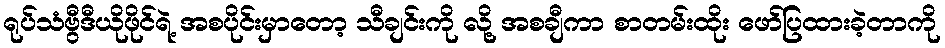
ရုပ်သံဗွီဒီယိုဖိုင်ရဲ့ အစပိုင်းမှာတော့ သီချင်းကို လို့ အစချီကာ စာတမ်းထိုး ဖော်ပြထားခဲ့တာကို